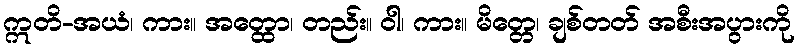
ဣတိ-အယံ၊ ကား။ အတ္ထော၊ တည်း။ ဝါ၊ ကား။ မိတ္တေ၊ ချစ်တတ် အစီးအပွားကို